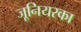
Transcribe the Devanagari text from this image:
जूनियरका